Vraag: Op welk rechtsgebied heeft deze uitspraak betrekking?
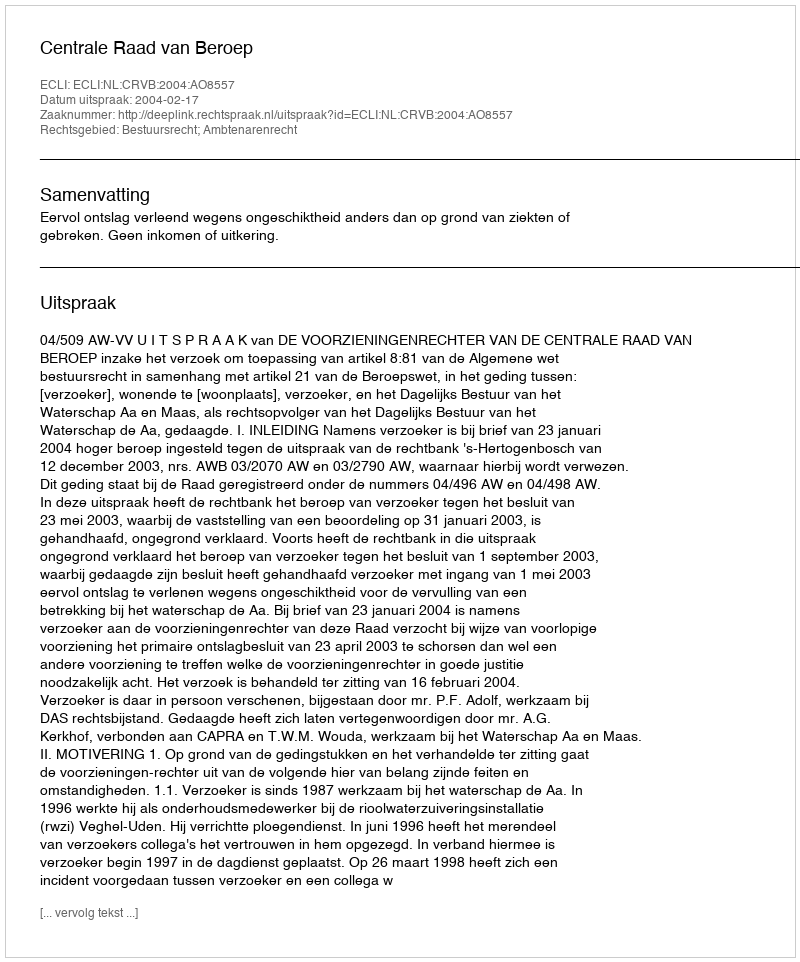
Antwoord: Bestuursrecht; Ambtenarenrecht